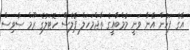
އޭގެ ފަހުން އޭނާ ވަނީ މުމްބާއީގެ ތާޖްމަހަލް ޕެލެސް ހޮޓަލުގެ ރޫމް ސާވިސް